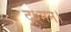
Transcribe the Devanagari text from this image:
दुश्मन।